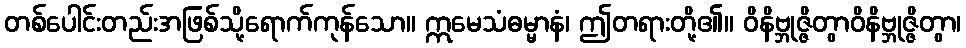
တစ်ပေါင်းတည်းအဖြစ်သို့ရောက်ကုန်သော။ ဣမေသံဓမ္မာနံ၊ ဤတရားတို့၏။ ဝိနိဗ္ဘုဇ္ဇိတွာဝိနိဗ္ဘုဇ္ဇိတွာ၊